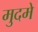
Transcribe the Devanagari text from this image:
मुदमे